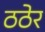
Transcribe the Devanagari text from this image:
ठठेर